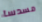
مسدسا